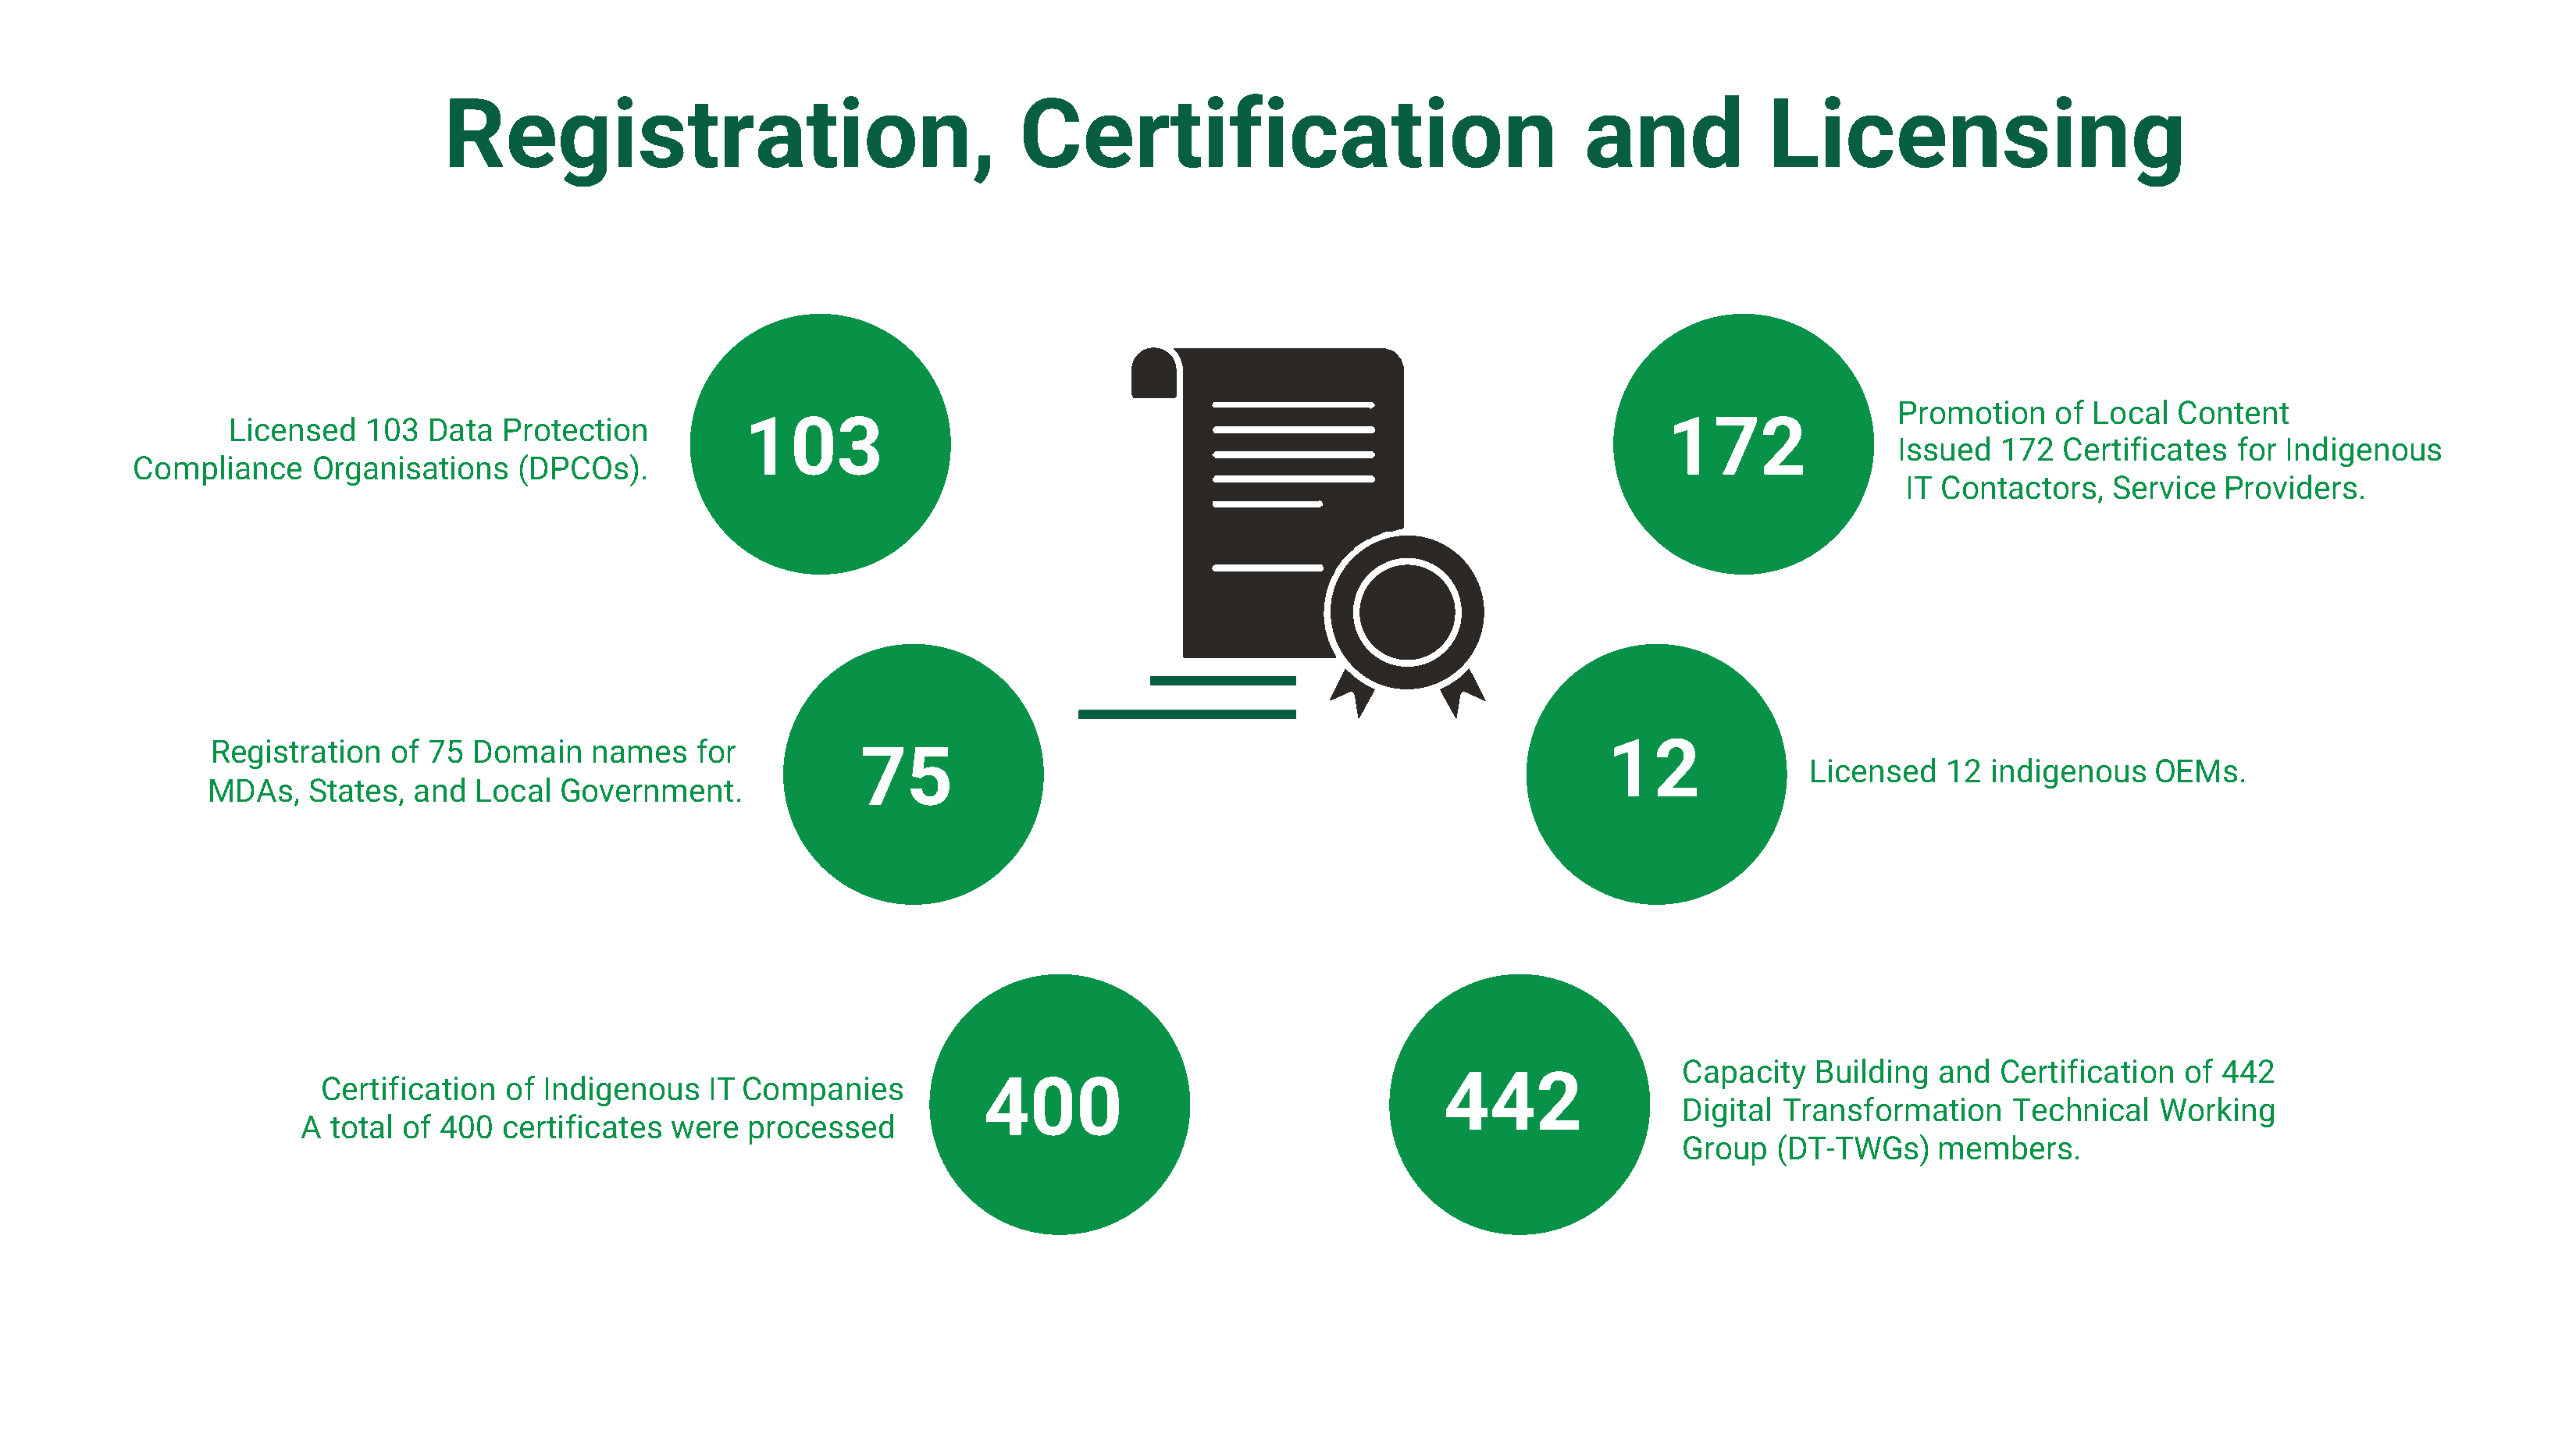
Registration,                                   Certification                                   and             Licensing
 Promotion    of Local   Content
 Licensed    103  Data   Protection          103                                                                           172
 Issued   172  Certificates   for Indigenous
 Compliance     Organisations     (DPCOs).
 IT Contactors,   Service   Providers.
 Registration   of 75  Domain    names    for                                                                          12
 75
 Licensed    12  indigenous    OEMs.
 MDAs,   States,  and  Local  Government.
 Capacity   Building  and  Certification   of 442
 442
 Certification   of Indigenous    IT Companies           400
 Digital Transformation      Technical   Working
 A  total of 400   certificates  were  processed
 Group   (DT-TWGs)    members.